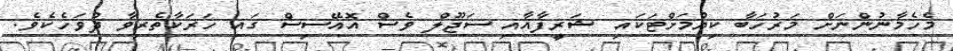
މެހެމާނުންނަށް މަރުހަބާ ކިޔުމަށްޓަކައި ޝަރީފާއާއި ސަޖޫލް ވެސް އޮއޭސިސް ގައި ހަރަކާތެރިވާ ދުވަހެކެވެ.